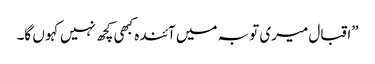
”اقبال میری تو بہ میں آئندہ کبھی کچھ نہیں کہو ں گا۔